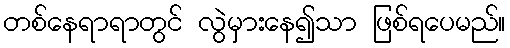
တစ်နေရာရာတွင် လွဲမှားနေ၍သာ ဖြစ်ရပေမည်။